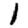
Digit: 1